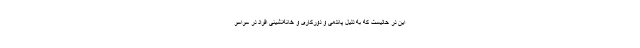
این در حالیست که به دلیل پاندمی و دورکاری و خانه‌نشینی افراد در سراسر